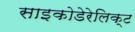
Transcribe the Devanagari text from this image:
साइकोडेरेलिक्ट